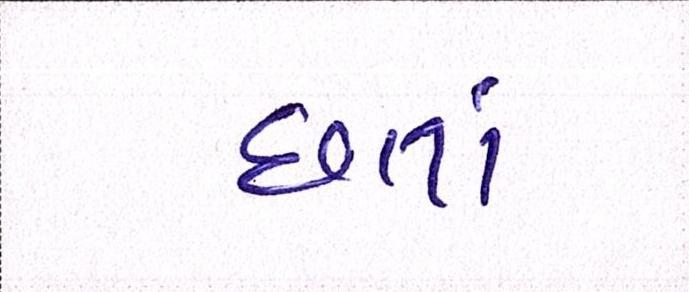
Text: છતાં